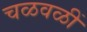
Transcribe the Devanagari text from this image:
चळवळीं